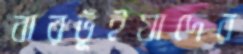
বারভূঁইয়াদের